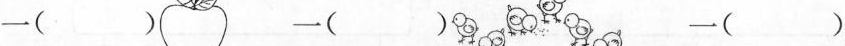
一() 一() 一()